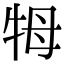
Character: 牳